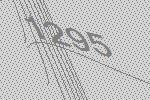
1295